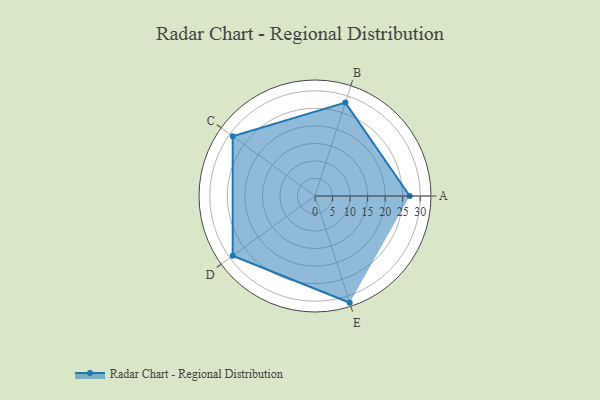
{"axis": {"x": "Skill", "y": "Score"}, "legend": ["Profile"], "data": [{"x": "A", "y": 27.0, "type": "Profile"}, {"x": "B", "y": 28.0, "type": "Profile"}, {"x": "C", "y": 29.0, "type": "Profile"}, {"x": "D", "y": 29.0, "type": "Profile"}, {"x": "E", "y": 32.0, "type": "Profile"}]}